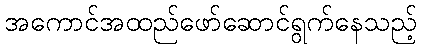
အကောင်အထည်ဖော်ဆောင်ရွက်နေသည့်